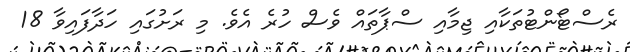
ރެސްޓޯންޓުތަކާއި ޖިމާއި ސްޕާތައް ވެސް ހުރެ އެވެ. މި ރަށުގައި ހަދާފައިވާ 18